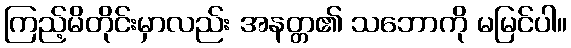
ကြည့်မိတိုင်းမှာလည်း အနတ္တ၏ သဘောကို မမြင်ပါ။